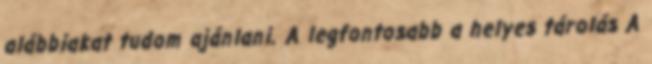
alábbiakat tudom ajánlani. A legfontosabb a helyes tárolás A